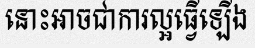
នោះអាចជាការល្អធ្វើឡើង